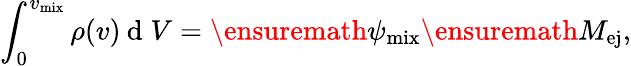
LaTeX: \int_{0}^{v_{\mathrm{mix}}}\rho(v)\: \mathrm{d}\; V=\ensuremath{\psi_{\mathrm{mix}}}\ensuremath{M_{\mathrm{ej}}}{},